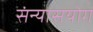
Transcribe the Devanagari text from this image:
संन्यासयोग